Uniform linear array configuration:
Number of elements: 8
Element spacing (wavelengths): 0.5
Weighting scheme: hamming
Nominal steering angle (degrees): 15
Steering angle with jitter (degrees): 15.0
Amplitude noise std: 0.05
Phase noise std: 0.05

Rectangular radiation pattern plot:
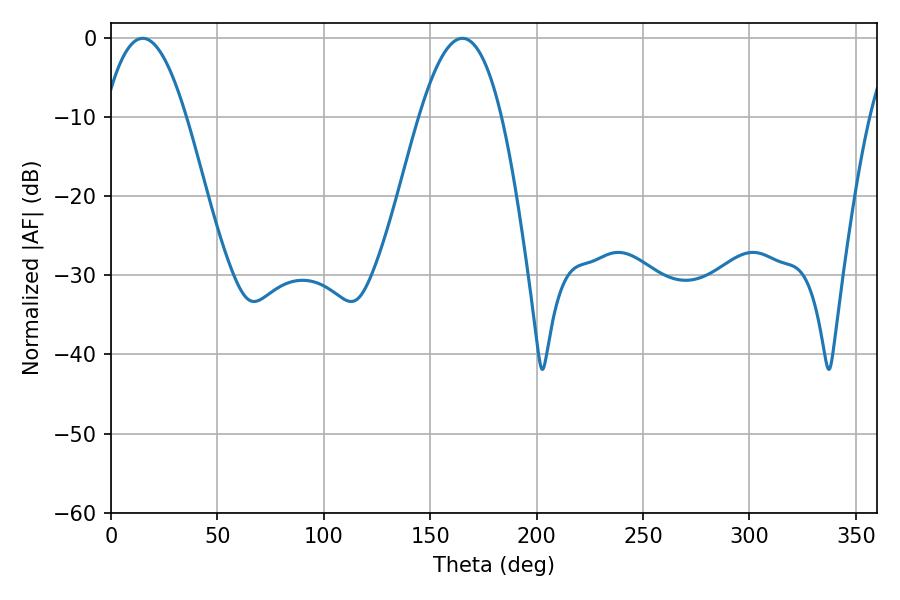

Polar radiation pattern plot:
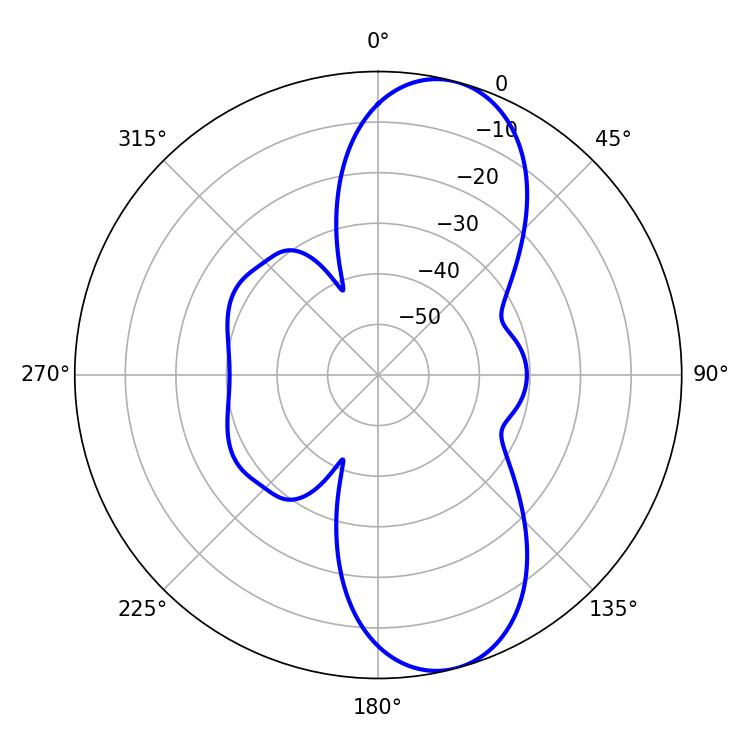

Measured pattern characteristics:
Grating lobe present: FALSE
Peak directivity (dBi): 9.783
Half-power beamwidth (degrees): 21.06
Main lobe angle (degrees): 14.94